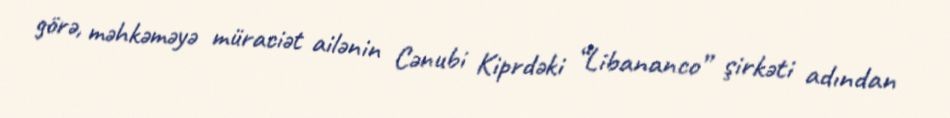
görə, məhkəməyə müraciət ailənin Cənubi Kiprdəki “Libananco” şirkəti adından